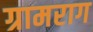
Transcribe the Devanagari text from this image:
ग्रामराग